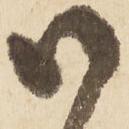
御